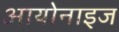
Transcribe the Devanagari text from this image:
आयोनाइज